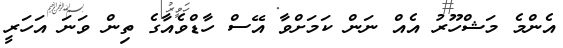
އެންމެ މަޝްހޫރު އެއް ނަން ކަމަށްވާ އޭސް ހާޑްވެއާގެ ތިން ވަނަ އަހަރީ